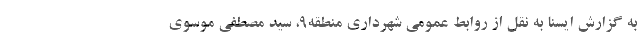
به گزارش ایسنا به نقل از روابط عمومی شهرداری منطقه۹، سید مصطفی موسوی